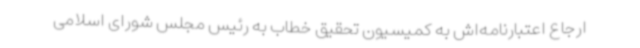
ارجاع اعتبارنامه‌اش به کمیسیون تحقیق خطاب به رئیس مجلس شورای اسلامی